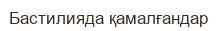
Бастилияда қамалғандар